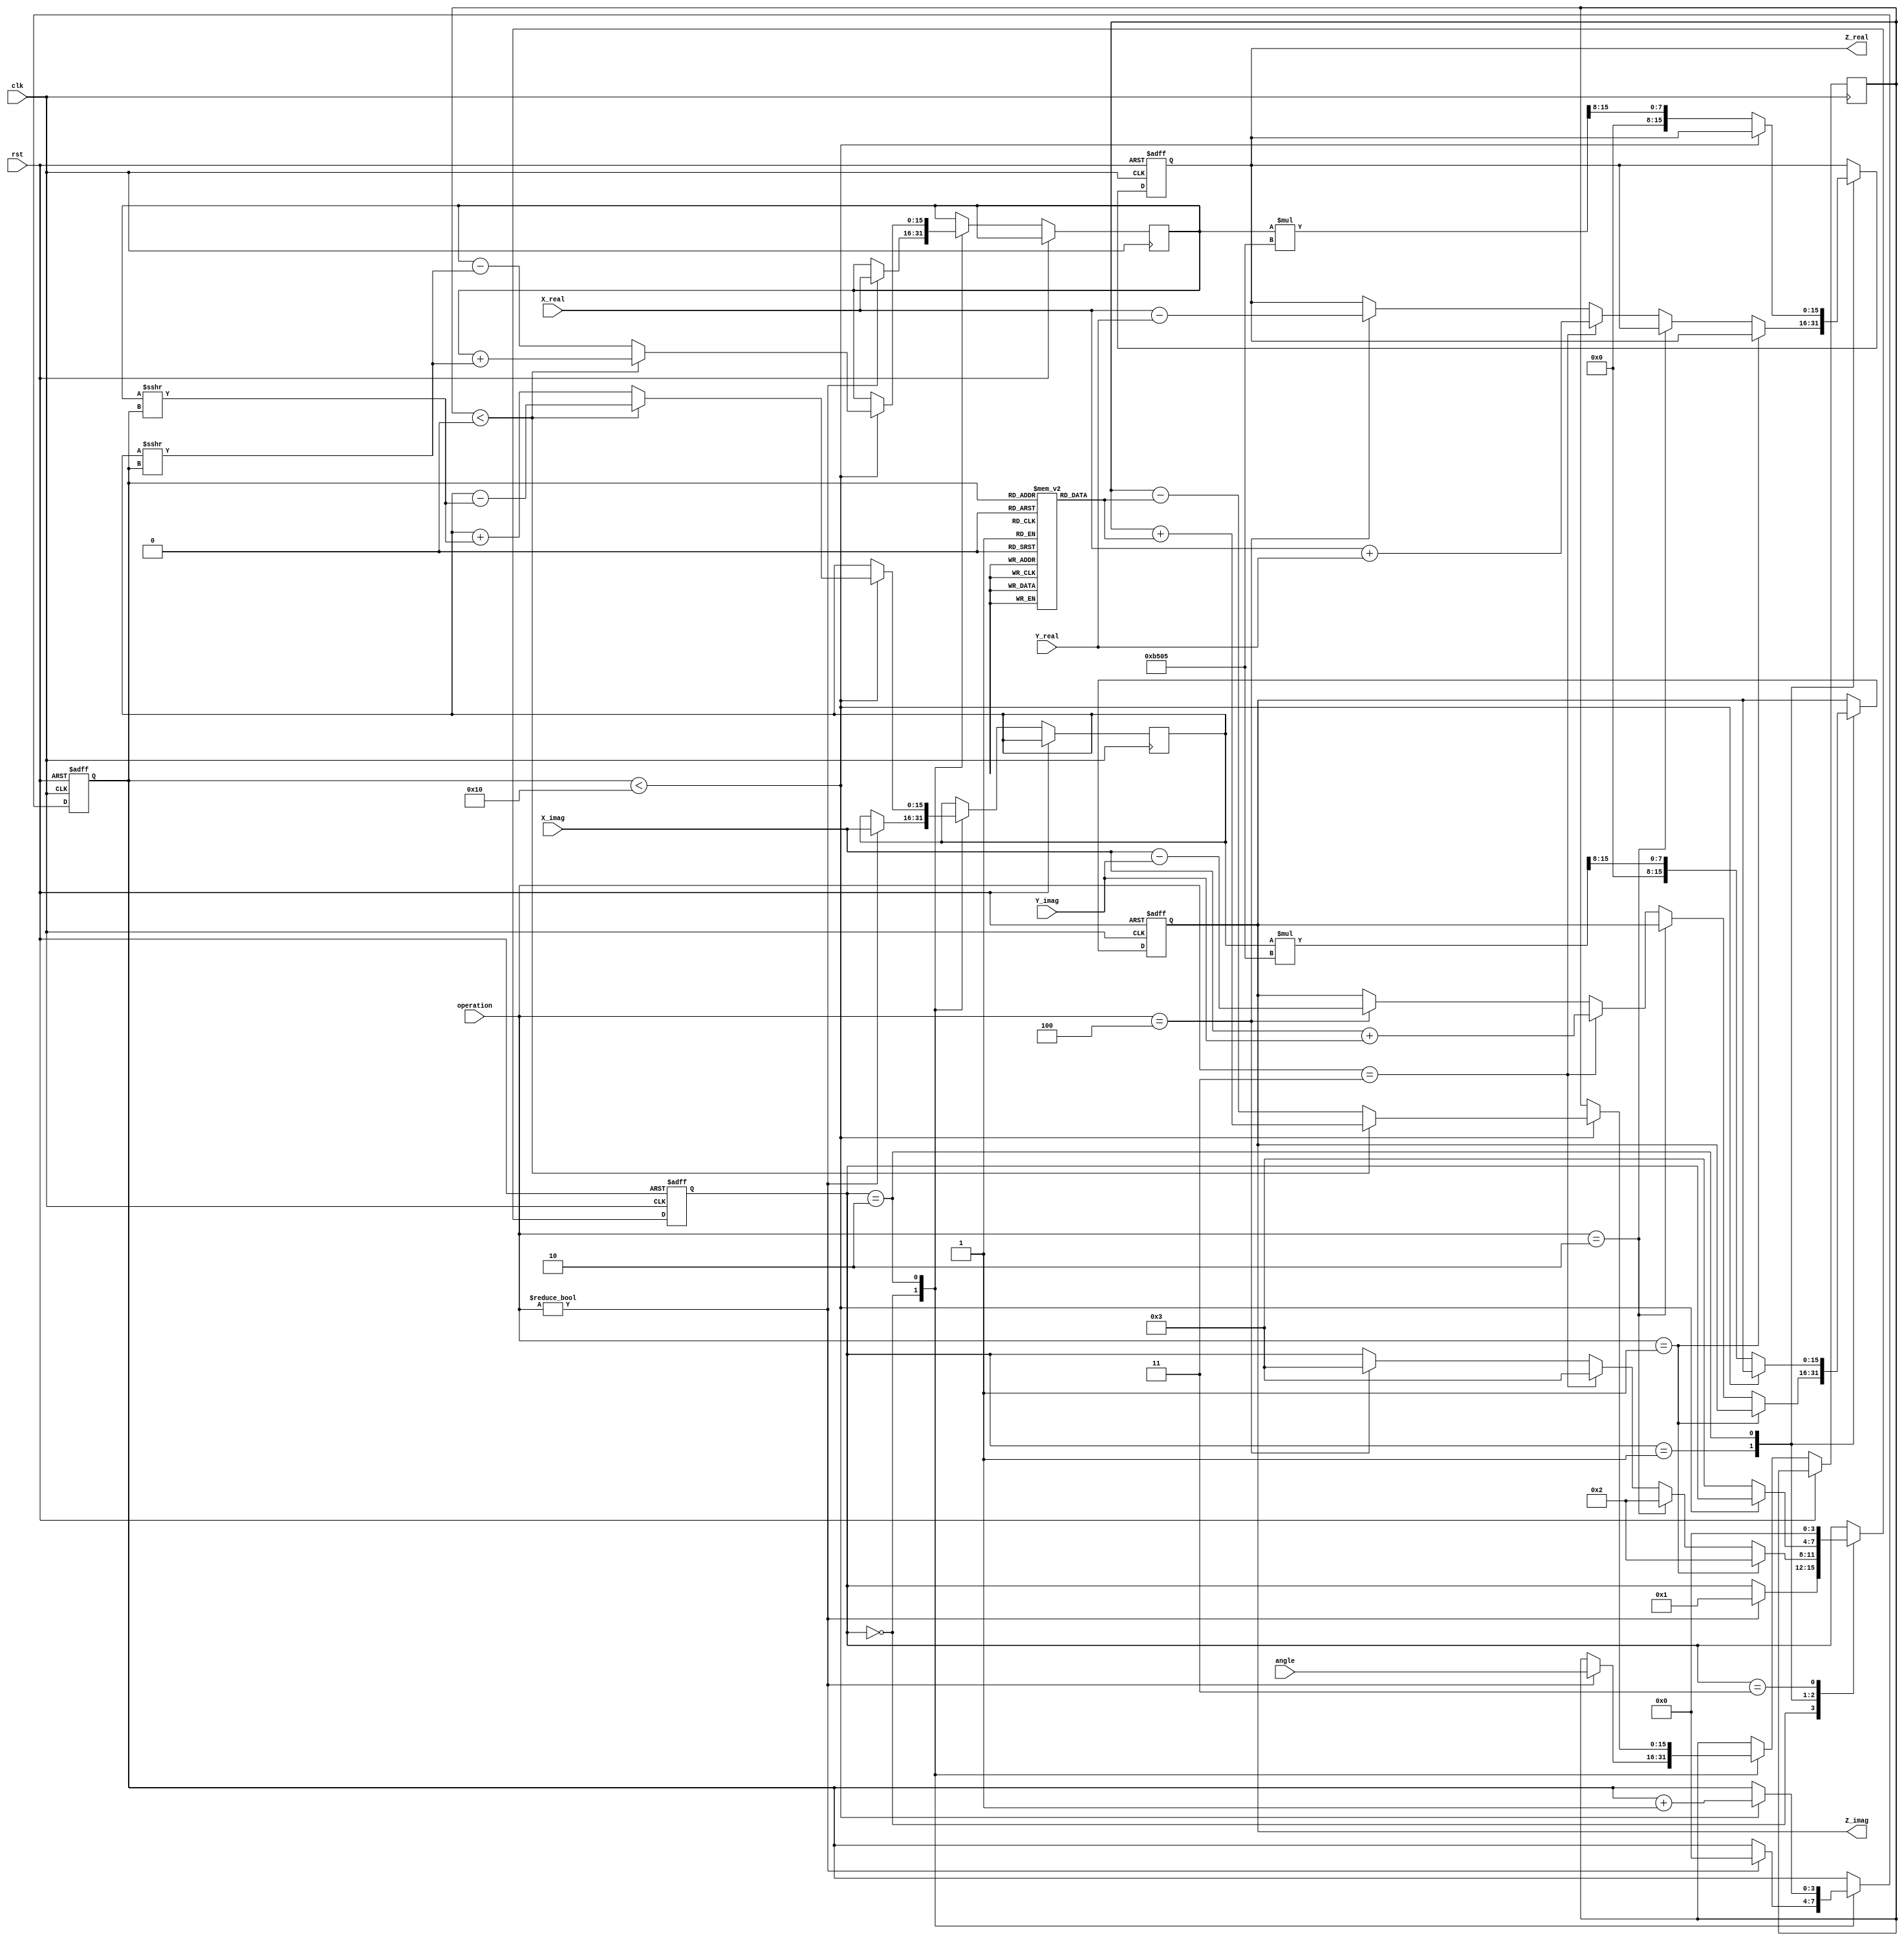
module complex_cordic (
    input wire signed [15:0] X_real,      // Real part of first complex number
    input wire signed [15:0] X_imag,      // Imaginary part of first complex number
    input wire signed [15:0] Y_real,      // Real part of second complex number
    input wire signed [15:0] Y_imag,      // Imaginary part of second complex number
    input wire [2:0] operation,           // Control signal for operation
    input wire signed [15:0] angle,       // Input angle for rotation
    input wire clk,                       // Clock signal
    input wire rst,                       // Reset signal
    output reg signed [15:0] Z_real,      // Real part of the result
    output reg signed [15:0] Z_imag       // Imaginary part of the result
);

    // Parameters
    parameter NUM_ITERATIONS = 16; // Number of CORDIC iterations
    parameter K = 16'hB505; // Scaling factor (K = 1/sqrt(1 + 2^(-2n)))

    // Internal signals
    reg signed [15:0] x, y, z; // CORDIC internal variables
    reg [3:0] state;            // FSM state
    reg [3:0] iteration;        // Iteration counter

    // FSM states
    localparam IDLE = 4'b0000;
    localparam INIT = 4'b0001;
    localparam ROTATE = 4'b0010;
    localparam COMPLETE = 4'b0011;

    // CORDIC angle lookup table (for simplicity, using fixed values)
    reg signed [15:0] atan_table [0:NUM_ITERATIONS-1];

    initial begin
        // Initialize atan_table with precomputed arctangent values
        atan_table[0] = 16'h2000; // atan(2^-0)
        atan_table[1] = 16'h1000; // atan(2^-1)
        atan_table[2] = 16'h0800; // atan(2^-2)
        // ... Fill in the rest of the table
        atan_table[3] = 16'h0400;
        atan_table[4] = 16'h0200;
        atan_table[5] = 16'h0100;
        atan_table[6] = 16'h0080;
        atan_table[7] = 16'h0040;
        atan_table[8] = 16'h0020;
        atan_table[9] = 16'h0010;
        atan_table[10] = 16'h0008;
        atan_table[11] = 16'h0004;
        atan_table[12] = 16'h0002;
        atan_table[13] = 16'h0001;
        atan_table[14] = 16'h0000;
        atan_table[15] = 16'h0000;
    end

    // FSM for CORDIC operation
    always @(posedge clk or posedge rst) begin
        if (rst) begin
            state <= IDLE;
            iteration <= 0;
            Z_real <= 0;
            Z_imag <= 0;
        end else begin
            case (state)
                IDLE: begin
                    if (operation != 3'b000) begin // If an operation is requested
                        x <= X_real;
                        y <= X_imag;
                        z <= angle;
                        iteration <= 0;
                        state <= INIT;
                    end
                end

                INIT: begin
                    // Initialize based on operation
                    if (operation == 3'b001) begin // Multiplication
                        // Set up for multiplication
                        // (CORDIC multiplication logic)
                        state <= ROTATE;
                    end else if (operation == 3'b010) begin // Division
                        // Set up for division
                        // (CORDIC division logic)
                        state <= ROTATE;
                    end else if (operation == 3'b011) begin // Addition
                        Z_real <= X_real + Y_real;
                        Z_imag <= X_imag + Y_imag;
                        state <= COMPLETE;
                    end else if (operation == 3'b100) begin // Subtraction
                        Z_real <= X_real - Y_real;
                        Z_imag <= X_imag - Y_imag;
                        state <= COMPLETE;
                    end
                end

                ROTATE: begin
                    if (iteration < NUM_ITERATIONS) begin
                        // CORDIC rotation logic
                        if (z < 0) begin
                            x <= x + (y >>> iteration);
                            y <= y - (x >>> iteration);
                            z <= z + atan_table[iteration];
                        end else begin
                            x <= x - (y >>> iteration);
                            y <= y + (x >>> iteration);
                            z <= z - atan_table[iteration];
                        end
                        iteration <= iteration + 1;
                    end else begin
                        // Scale the result
                        Z_real <= x * K >>> 8; // Adjust scaling
                        Z_imag <= y * K >>> 8; // Adjust scaling
                        state <= COMPLETE;
                    end
                end

                COMPLETE: begin
                    // Wait for next operation
                    state <= IDLE;
                end
            endcase
        end
    end

endmodule